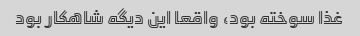
غذا سوخته بود، واقعا این دیگه شاهکار بود